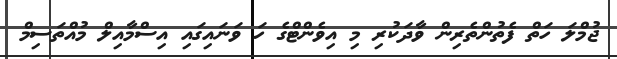
ޖުމްލަ ހަތް ފެތުންތެރިން ވާދަކުރި މި އިވެންޓްގެ ހަ ވަނައިގައި އިސްމާއިލް މުއްތަސިމް